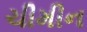
ચીમીન